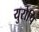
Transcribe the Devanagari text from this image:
युरोपि